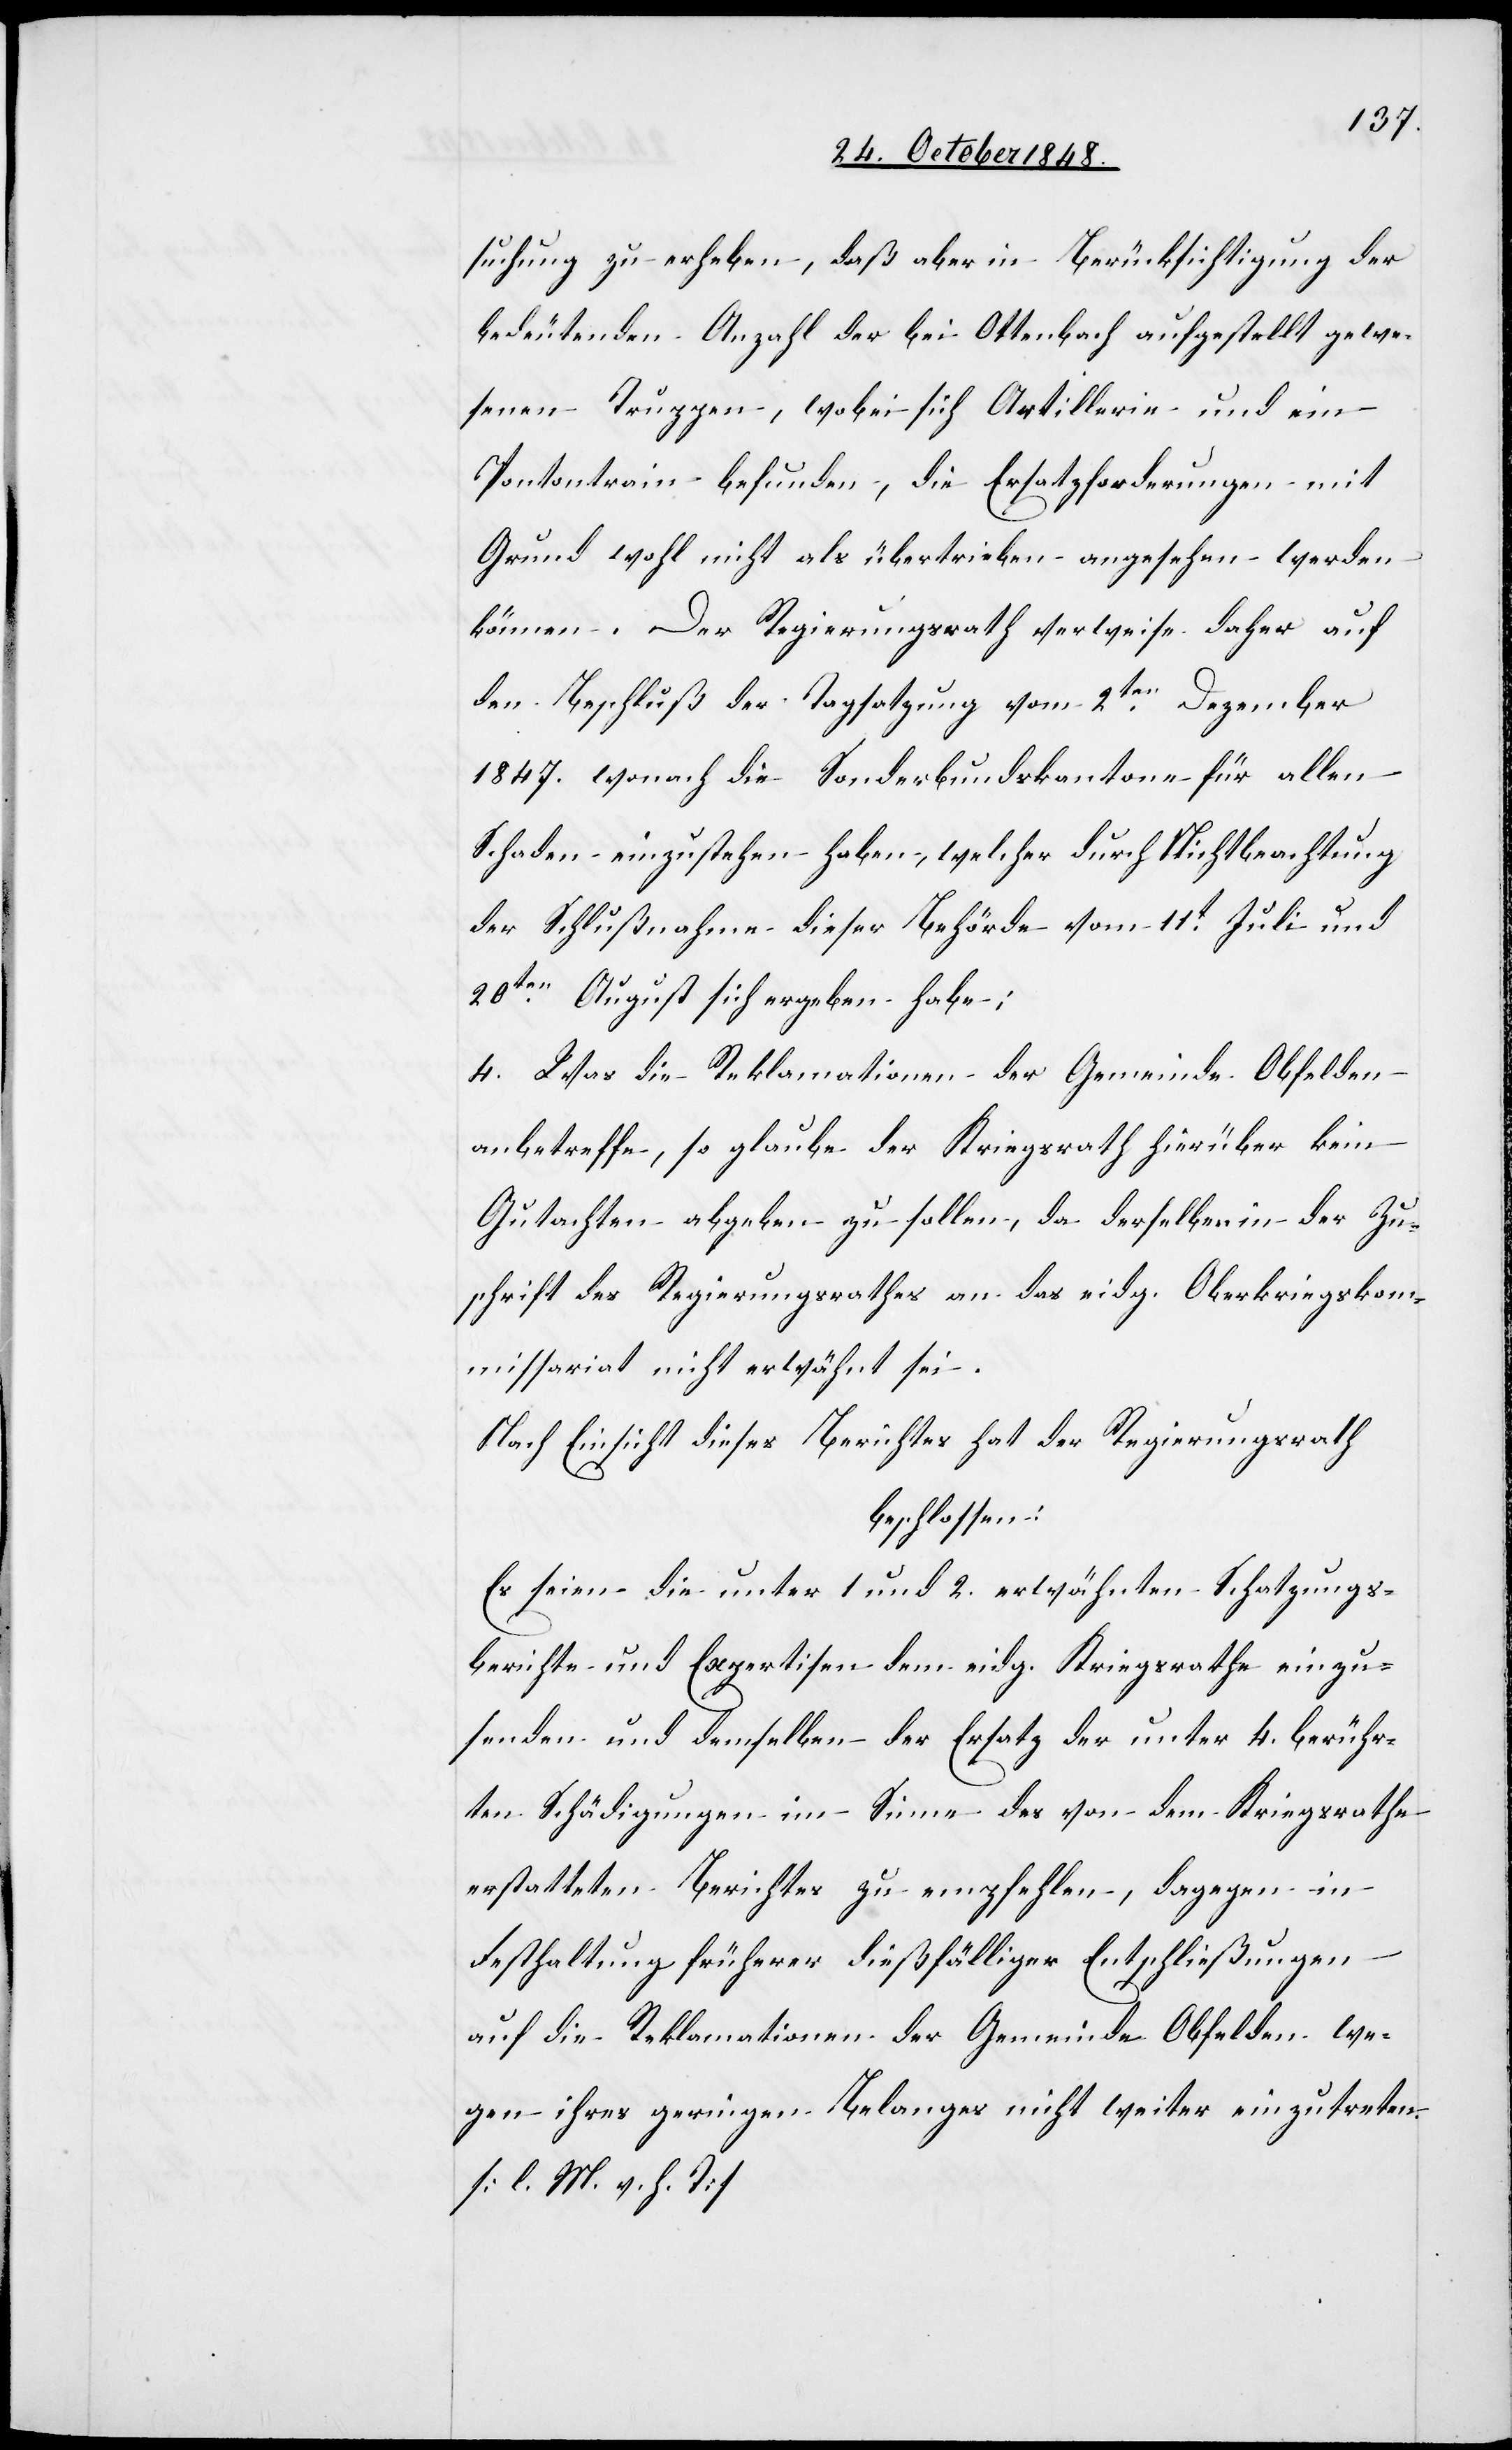
suchung zu erheben, daß aber in Berücksichtigung der
bedeutenden Anzahl der bei Ottenbach aufgestellt gewe¬
senen Truppen, wobei sich Artillerie und ein
Pontontrain befunden, die Ersatzforderungen mit
Grund wohl nicht als übertrieben angesehen werden
können. Der Regierungsrath verweise daher auf
den Beschluß der Tagsatzung vom 2ten Dezember
1847. wonach die Sonderbundskantone für allen
Schaden einzustehen haben, welcher durch Nichtbeachtung
der Schlußnahme dieser Behörde vom 11t Juli und
20ten August sich ergeben habe;
4. Was die Reklamationen der Gemeinde Obfelden
anbetreffe, so glaube der Kriegsrath hierüber kein
Gutachten abgeben zu sollen, da derselben in der Zu¬
schrift des Regierungsrathes an das eidg. Oberkriegskom¬
missariat nicht erwähnt sei.
Nach Einsicht des Berichtes hat der Regierungsrath
beschlossen:
Es seien die unter 1. und 2. erwähnten Schatzungs¬
berichte und Expertisen dem eidg. Kriegsrathe einzu¬
senden und demselben der Ersatz der unter 4. berühr¬
ten Schädigungen im Sinne des von dem Kriegsrathe
erstatteten Berichtes zu empfehlen, dagegen in
Festhaltung früherer dießfälliger Entschließungen
auf die Reklamationen der Gemeinde Obfelden we¬
gen ihres geringen Belanges nicht weiter einzutreten.
[l. M. v. h. T]